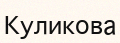
Куликова